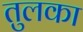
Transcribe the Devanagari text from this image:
तुलका